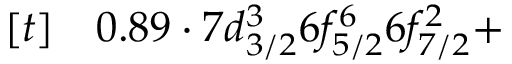
\begin{array} { r l } { [ t ] } & { { } 0 . 8 9 \cdot 7 d _ { 3 / 2 } ^ { 3 } 6 f _ { 5 / 2 } ^ { 6 } 6 f _ { 7 / 2 } ^ { 2 } + } \end{array}